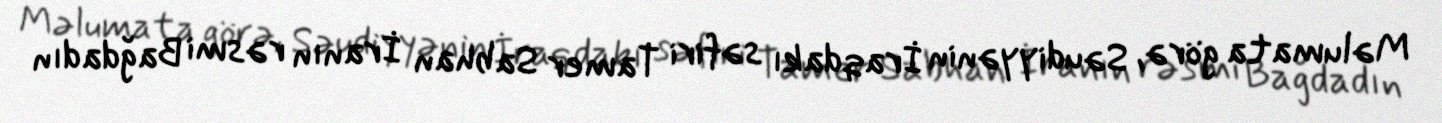
Məlumata görə, Səudiyyənin İraqdakı səfiri Tamer Sabhan İranın rəsmi Bağdadın